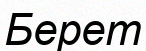
Берет